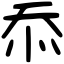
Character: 忝